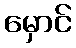
မှောင်